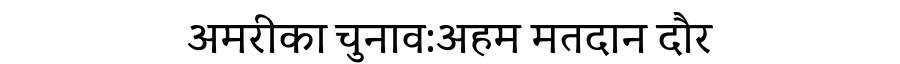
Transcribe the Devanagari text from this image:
अमरीका चुनाव:अहम मतदान दौर